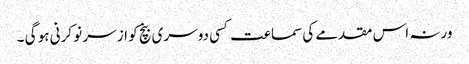
ورنہ اس مقدمے کی سماعت کسی دوسری بنچ کو از سر نو کرنی ہو گی ۔